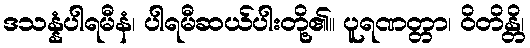
ဒသန္နံပါရမီနံ၊ ပါရမီဆယ်ပါးတို့၏။ ပူရဏတ္တာ၊ ဝိတိန္တိ၊